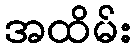
အထိမ်း